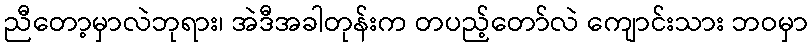
ညီတော့မှာလဲဘုရား၊ အဲဒီအခါတုန်းက တပည့်တော်လဲ ကျောင်းသား ဘဝမှာ